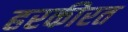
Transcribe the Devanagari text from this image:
हरकीरत